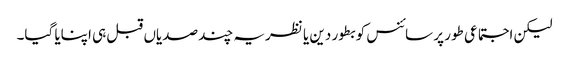
لیکن اجتماعی طور پر سائنس کو بطور دین یا نظریہ چند صدیاں قبل ہی اپنایا گیا۔